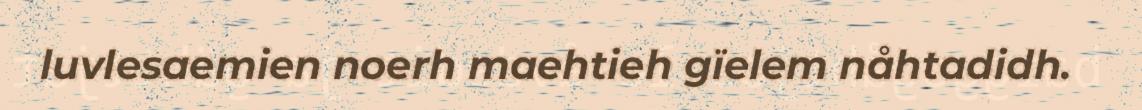
luvlesaemien noerh maehtieh gïelem nåhtadidh.